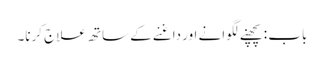
باب : پچھنے لگوانے اور داغنے کے ساتھ علاج کرنا۔